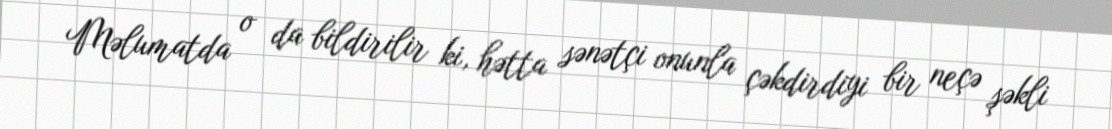
Məlumatda o da bildirilir ki, hətta sənətçi onunla çəkdirdiyi bir neçə şəkli